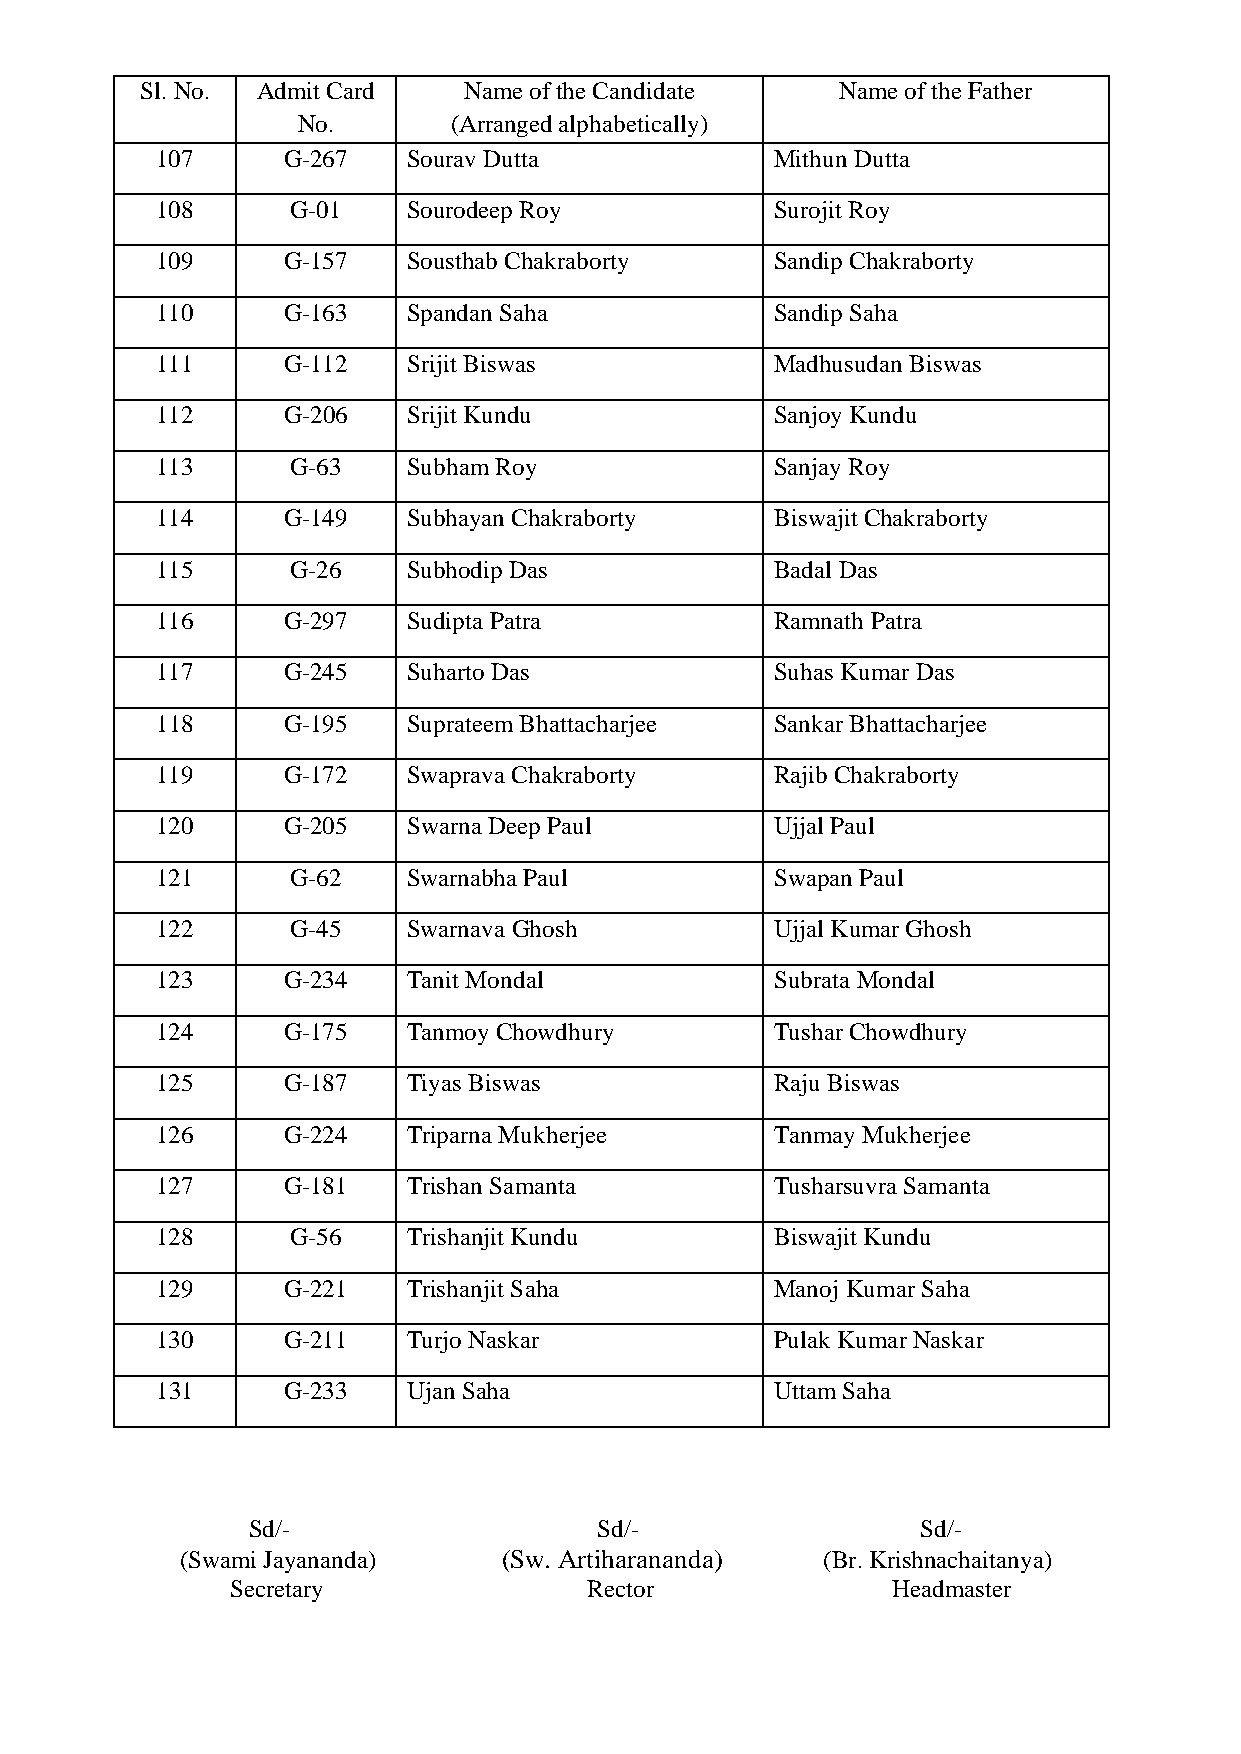
Sl. No. Admit Card    Name of the Candidate    Name of the Father
 No.       (Arranged alphabetically)
 107      G-267   Sourav Dutta            Mithun Dutta
 108      G-01    Sourodeep Roy           Surojit Roy
 109      G-157   Sousthab Chakraborty    Sandip Chakraborty
 110      G-163   Spandan Saha            Sandip Saha
 111      G-112   Srijit Biswas           Madhusudan Biswas
 112      G-206   Srijit Kundu            Sanjoy Kundu
 113      G-63    Subham Roy              Sanjay Roy
 114      G-149   Subhayan Chakraborty    Biswajit Chakraborty
 115      G-26    Subhodip Das            Badal Das
 116      G-297   Sudipta Patra           Ramnath Patra
 117      G-245   Suharto Das             Suhas Kumar Das
 118      G-195   Suprateem Bhattacharjee Sankar Bhattacharjee
 119      G-172   Swaprava Chakraborty    Rajib Chakraborty
 120      G-205   Swarna Deep Paul        Ujjal Paul
 121      G-62    Swarnabha Paul          Swapan Paul
 122      G-45    Swarnava Ghosh          Ujjal Kumar Ghosh
 123      G-234   Tanit Mondal            Subrata Mondal
 124      G-175   Tanmoy Chowdhury        Tushar Chowdhury
 125      G-187   Tiyas Biswas            Raju Biswas
 126      G-224   Triparna Mukherjee      Tanmay Mukherjee
 127      G-181   Trishan Samanta         Tusharsuvra Samanta
 128      G-56    Trishanjit Kundu        Biswajit Kundu
 129      G-221   Trishanjit Saha         Manoj Kumar Saha
 130      G-211   Turjo Naskar            Pulak Kumar Naskar
 131      G-233   Ujan Saha               Uttam Saha
 Sd/-                    Sd/-                 Sd/-
 (Swami Jayananda)    (Sw. Artiharananda)  (Br. Krishnachaitanya)
 Secretary               Rector              Headmaster